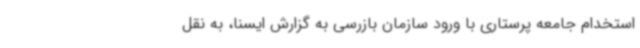
استخدام جامعه پرستاری با ورود سازمان بازرسی به گزارش ایسنا، به نقل